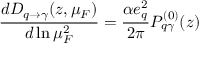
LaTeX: \frac { d D _ { q \rightarrow \gamma } ( z , \mu _ { F } ) } { d \ln \mu _ { F } ^ { 2 } } = \frac { \alpha e _ { q } ^ { 2 } } { 2 \pi } P _ { q \gamma } ^ { ( 0 ) } ( z )